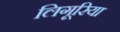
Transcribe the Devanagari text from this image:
लिगूरिया